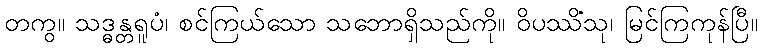
တကွ။ သဒ္ဓန္တရူပံ၊ စင်ကြယ်သော သဘောရှိသည်ကို။ ဝိပဿိံသု၊ မြင်ကြကုန်ပြီ။